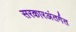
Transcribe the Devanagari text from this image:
सरकारअंतर्गत